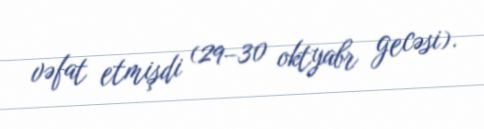
vəfat etmişdi (29–30 oktyabr gecəsi).